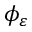
\phi _ { \varepsilon }